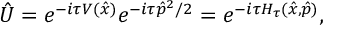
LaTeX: \hat { U } = e ^ { - i \tau V ( \hat { x } ) } e ^ { - i \tau \hat { p } ^ { 2 } / 2 } = e ^ { - i \tau H _ { \tau } ( \hat { x } , \hat { p } ) } ,